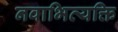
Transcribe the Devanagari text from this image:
नवाभिव्यक्ति